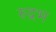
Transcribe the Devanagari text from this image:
रुद्रभ